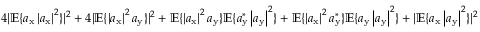
4 | \mathbb { E } \{ a _ { \mathrm { x } } \left| a _ { \mathrm { x } } \right| ^ { 2 } \} | ^ { 2 } + 4 | \mathbb { E } \{ \left| a _ { \mathrm { x } } \right| ^ { 2 } a _ { \mathrm { y } } \} | ^ { 2 } + \mathbb { E } \{ \left| a _ { \mathrm { x } } \right| ^ { 2 } a _ { \mathrm { y } } \} \mathbb { E } \{ a _ { \mathrm { y } } ^ { * } \left| a _ { \mathrm { y } } \right| ^ { 2 } \} + \mathbb { E } \{ \left| a _ { \mathrm { x } } \right| ^ { 2 } a _ { \mathrm { y } } ^ { * } \} \mathbb { E } \{ a _ { \mathrm { y } } \left| a _ { \mathrm { y } } \right| ^ { 2 } \} + | \mathbb { E } \{ a _ { \mathrm { x } } \left| a _ { \mathrm { y } } \right| ^ { 2 } \} | ^ { 2 }